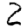
Digit: 2